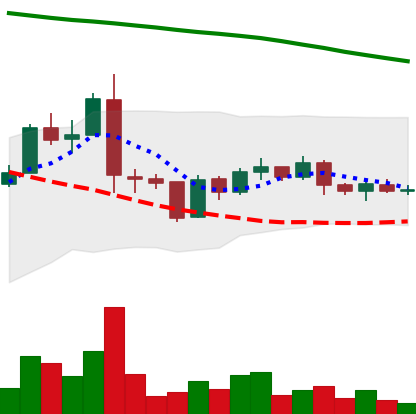
Ticker: ADA-USD
Chart end date: 2019-01-24
Forward return: -11.1%
Label: down_7plus